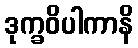
ဒုက္ခဝိပါကာနိ